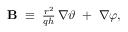
\begin{array} { r } { { \bf B } \; \equiv \; \frac { r ^ { 2 } } { q h } \, \nabla \vartheta \; + \; \nabla \varphi , } \end{array}